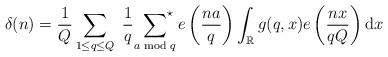
LaTeX: \begin{align*}\delta(n)=\frac{1}{Q}\sum_{1\leq q\leq Q} \;\frac{1}{q}\; \sideset{}{^\star}\sum_{a\bmod{q}}e\left(\frac{na}{q}\right) \int_\mathbb{R}g(q,x) e\left(\frac{nx}{qQ}\right)\mathrm{d}x\end{align*}